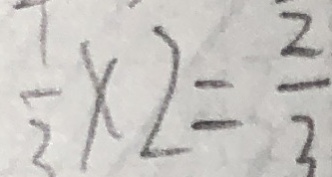
\frac { 1 } { 3 } \times 2 = \frac { 2 } { 3 }